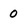
Character: 0